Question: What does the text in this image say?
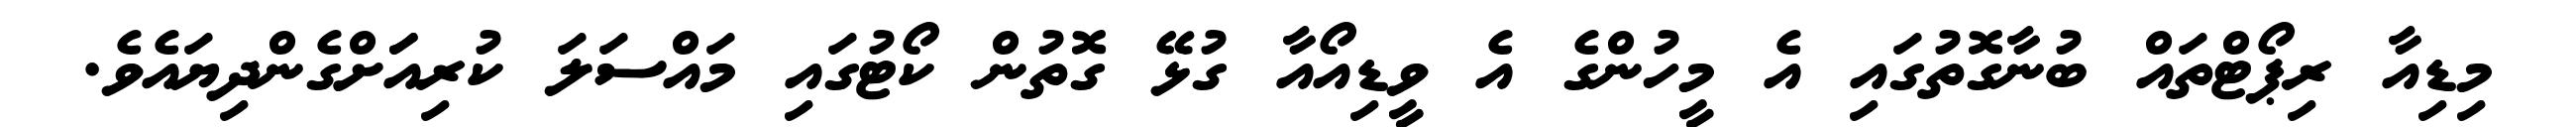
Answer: މިޑިއާ ރިޕޯޓްތައް ބުނާގޮތުގައި އެ މީހުންގެ އެ ވީޑިއޯއާ ގުޅޭ ގޮތުން ކޯޓުގައި މައްސަލަ ކުރިއަަށްގެންދިޔައެވެ.